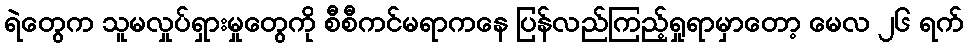
ရဲတွေက သူမလှုပ်ရှားမှုတွေကို စီစီကင်မရာကနေ ပြန်လည်ကြည့်ရှုရာမှာတော့ မေလ ၂၆ ရက်